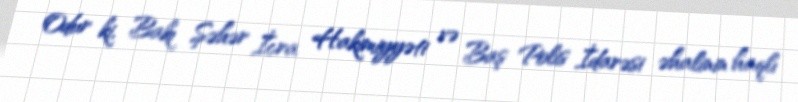
Odur ki, Bakı Şəhər İcra Hakimiyyəti və Baş Polis İdarəsi əhalinin haqlı